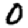
Digit: 0